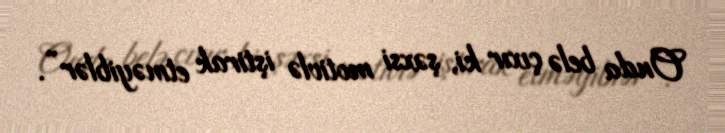
Onda belə çıxır ki, şəxsi motivlə iştirak etməyiblər”.